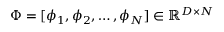
\Phi = [ \phi _ { 1 } , \phi _ { 2 } , \ldots , \phi _ { N } ] \in \mathbb { R } ^ { D \times N }